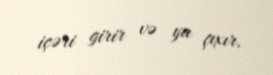
içəri girir və ya çıxır.